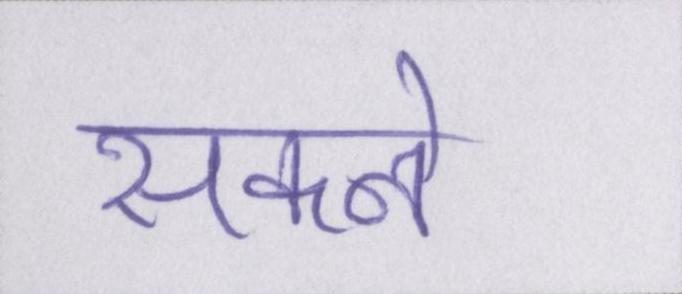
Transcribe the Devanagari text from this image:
सकने